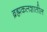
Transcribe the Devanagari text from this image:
ब्रह्मकलशातील